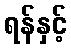
ရန်နှင့်